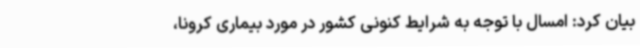
بیان کرد: امسال با توجه به شرایط کنونی کشور در مورد بیماری کرونا،